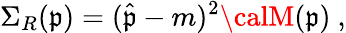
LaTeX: \Sigma_{R}(\mathfrak{p})=(\hat{{\mathfrak{p}}}-m)^{2}{\calM}(\mathfrak{p})\ ,